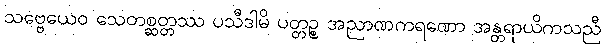
သဗ္ဗေယေဝ သေတစ္ဆတ္တဿ ပသီဒါမိ ပတ္တဉ္စ အညာဏကရဏော အန္တရာယိကသညီ